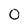
Character: 0